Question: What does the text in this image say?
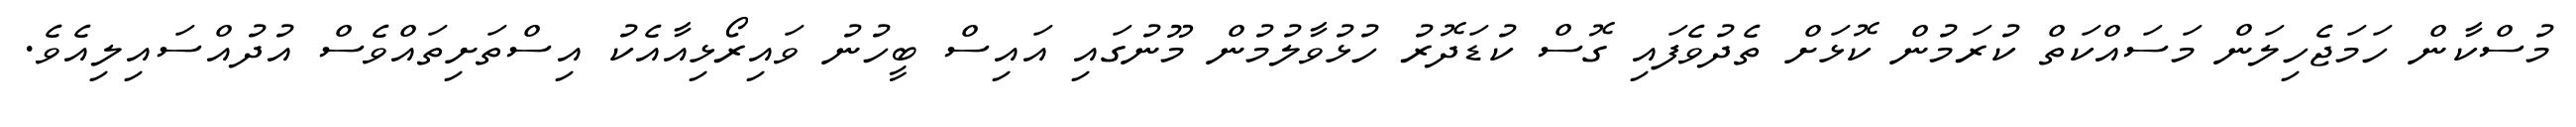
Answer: މުސްކާން ހަމަޖެހިލަން މަސައްކަތް ކުރަމުން ކޮޅަށް ތެދުވެފައި ގޮސް ކުޑަދޮރު ހުޅުވާލުމުން މޫނުގައި އައިސް ބީހުނު ވައިރޯޅިއާއެކު އިސްތަށިތައްވެސް އުދުއްސައިލިއެވެ.